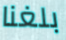
بلغنا